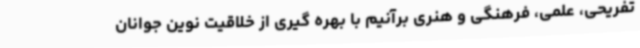
تفریحی، علمی، فرهنگی و هنری برآنیم با بهره گیری از خلاقیت نوین جوانان